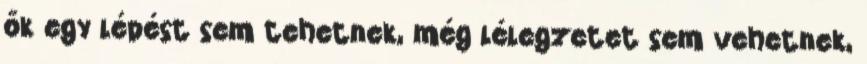
ők egy lépést sem tehetnek, még lélegzetet sem vehetnek,